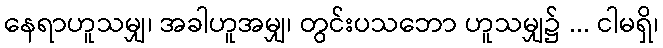
နေရာဟူသမျှ၊ အခါဟူအမျှ၊ တွင်းပသဘော ဟူသမျှ၌ ... ငါမရှိ၊